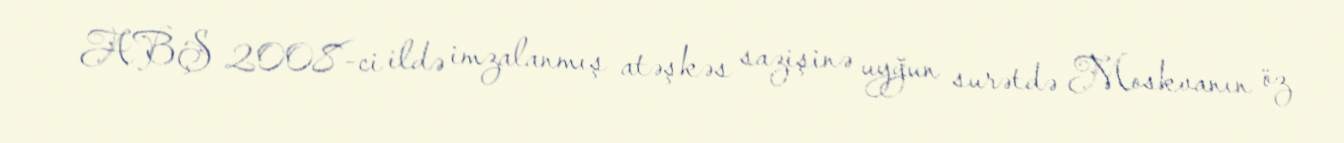
ABŞ 2008-ci ildə imzalanmış atəşkəs sazişinə uyğun surətdə Moskvanın öz